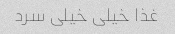
غذا خیلی خیلی سرد